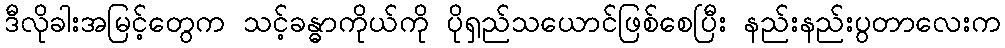
ဒီလိုခါးအမြင့်တွေက သင့်ခန္ဓာကိုယ်ကို ပိုရှည်သယောင်ဖြစ်စေပြီး နည်းနည်းပွတာလေးက